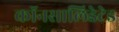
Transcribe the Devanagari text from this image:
कॉनसालिडेटेड